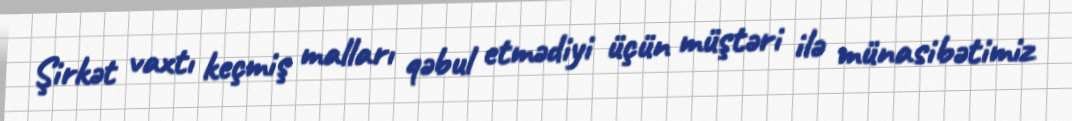
Şirkət vaxtı keçmiş malları qəbul etmədiyi üçün müştəri ilə münasibətimiz